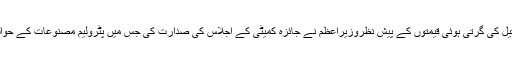
نیز بین الاقوامی مارکیٹ میں خام تیل کی گرتی ہوئی قیمتوں کے پیش نظروزیراعظم نے جائزہ کمیٹی کے اجلاس کی صدارت کی جس میں پٹرولیم مصنوعات کے حوالے سے سیرحاصل گفتگوکی گئی ۔